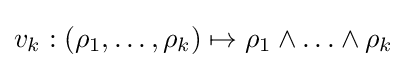
v_{k}:(\rho _{1},\ldots ,\rho _{k})\mapsto \rho _{1}\wedge \ldots \wedge \rho _{k}